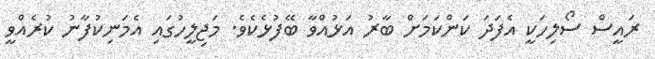
ރައީސް ސޯލިހަކީ އެފަދަ ކަންކަމަށް ބާރު އަޅުއްވާ ބޭފުޅެކެވެ. މަޖިލީހުގައި އެމަނިކުފާނު ކުރެއްވީ